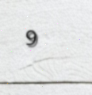
9